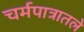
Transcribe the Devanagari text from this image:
चर्मपात्रातले